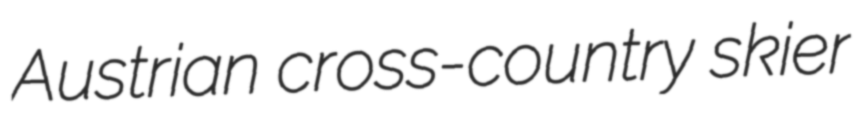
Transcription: Austrian cross-country skier